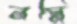
নম্নি